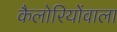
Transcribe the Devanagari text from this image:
कैलोरियोंवाला